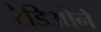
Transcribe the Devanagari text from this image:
रेडिओने